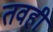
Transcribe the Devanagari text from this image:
तवही